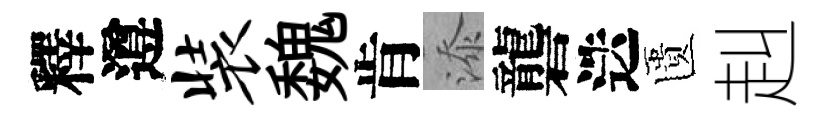
釋遵装魏肯添礱迭匱赳